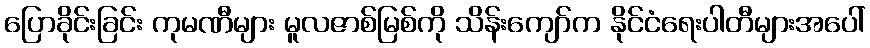
ပြောခိုင်းခြင်း ကုမဏီများ မူလဇာစ်မြစ်ကို သိန်းကျော်က နိုင်ငံရေးပါတီများအပေါ်